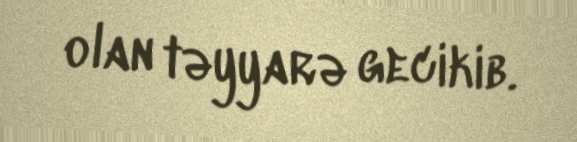
olan təyyarə gecikib.